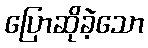
ပြောဆိုခဲ့သော